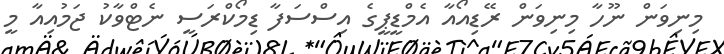
މިނިވަން ނޫހާ މިނިވަން ރޭޑިއޯއާ އެމްޑީޕީގެ އިސްސަފާ ޑިމޯކްރަސީ ނެޓްވާކު ޖަމުއިއާ މީ